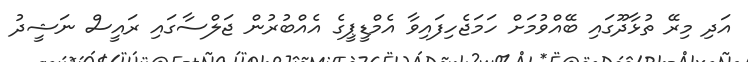
އަދި މިރޭ ތުޅާދޫގައި ބޭއްވުމަށް ހަމަޖެހިފައިވާ އެމްޑީޕީގެ އެއްބުރުން ޖަލްސާގައި ރައީސް ނަޝީދު